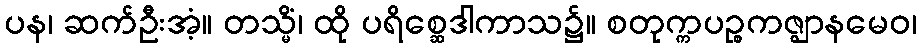
ပန၊ ဆက်ဦးအံ့။ တသ္မိံ၊ ထို ပရိစ္ဆေဒါကာသ၌။ စတုက္ကပဉ္စကဇ္ဈာနမေဝ၊